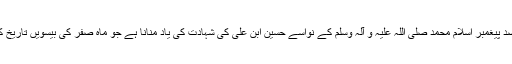
اس تہوار کا مقصد پیغمبر اسلام محمد صلی اللہ علیہ و آلہ وسلم کے نواسے حسین ابن علی کی شہادت کی یاد منانا ہے جو ماہ صفر کی بیسویں تاریخ کو منایا جاتا ہے۔